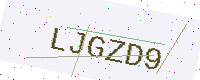
Text: LJGZD9